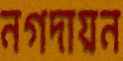
নগদায়ন